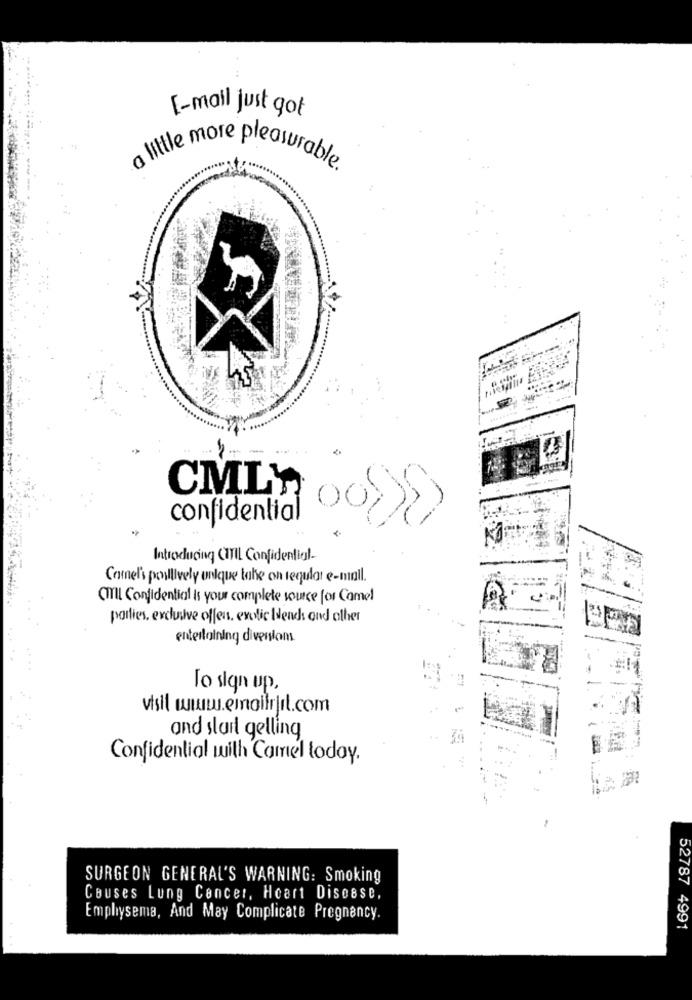
[-mail just got
a little more pleasurable.
CMLY
confidential
Introducing CITIL Confidential-
Camel's poillively onique tahe on regular e-mail.
(IL Confidential is your complete source for Camel
parties, exclusive offen, exotic Wends and other
entertaining divenions
To sign up,
visit www.emoffrit.com
and start gelling
Confidential with Camel todoy.
SURGEON GENERAL'S WARNING: Smoking
Causes Lung Cancer, Heart Disease,
Emphysema, And May Complicate Pregnancy.
52787 4991